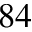
^ { 8 4 }